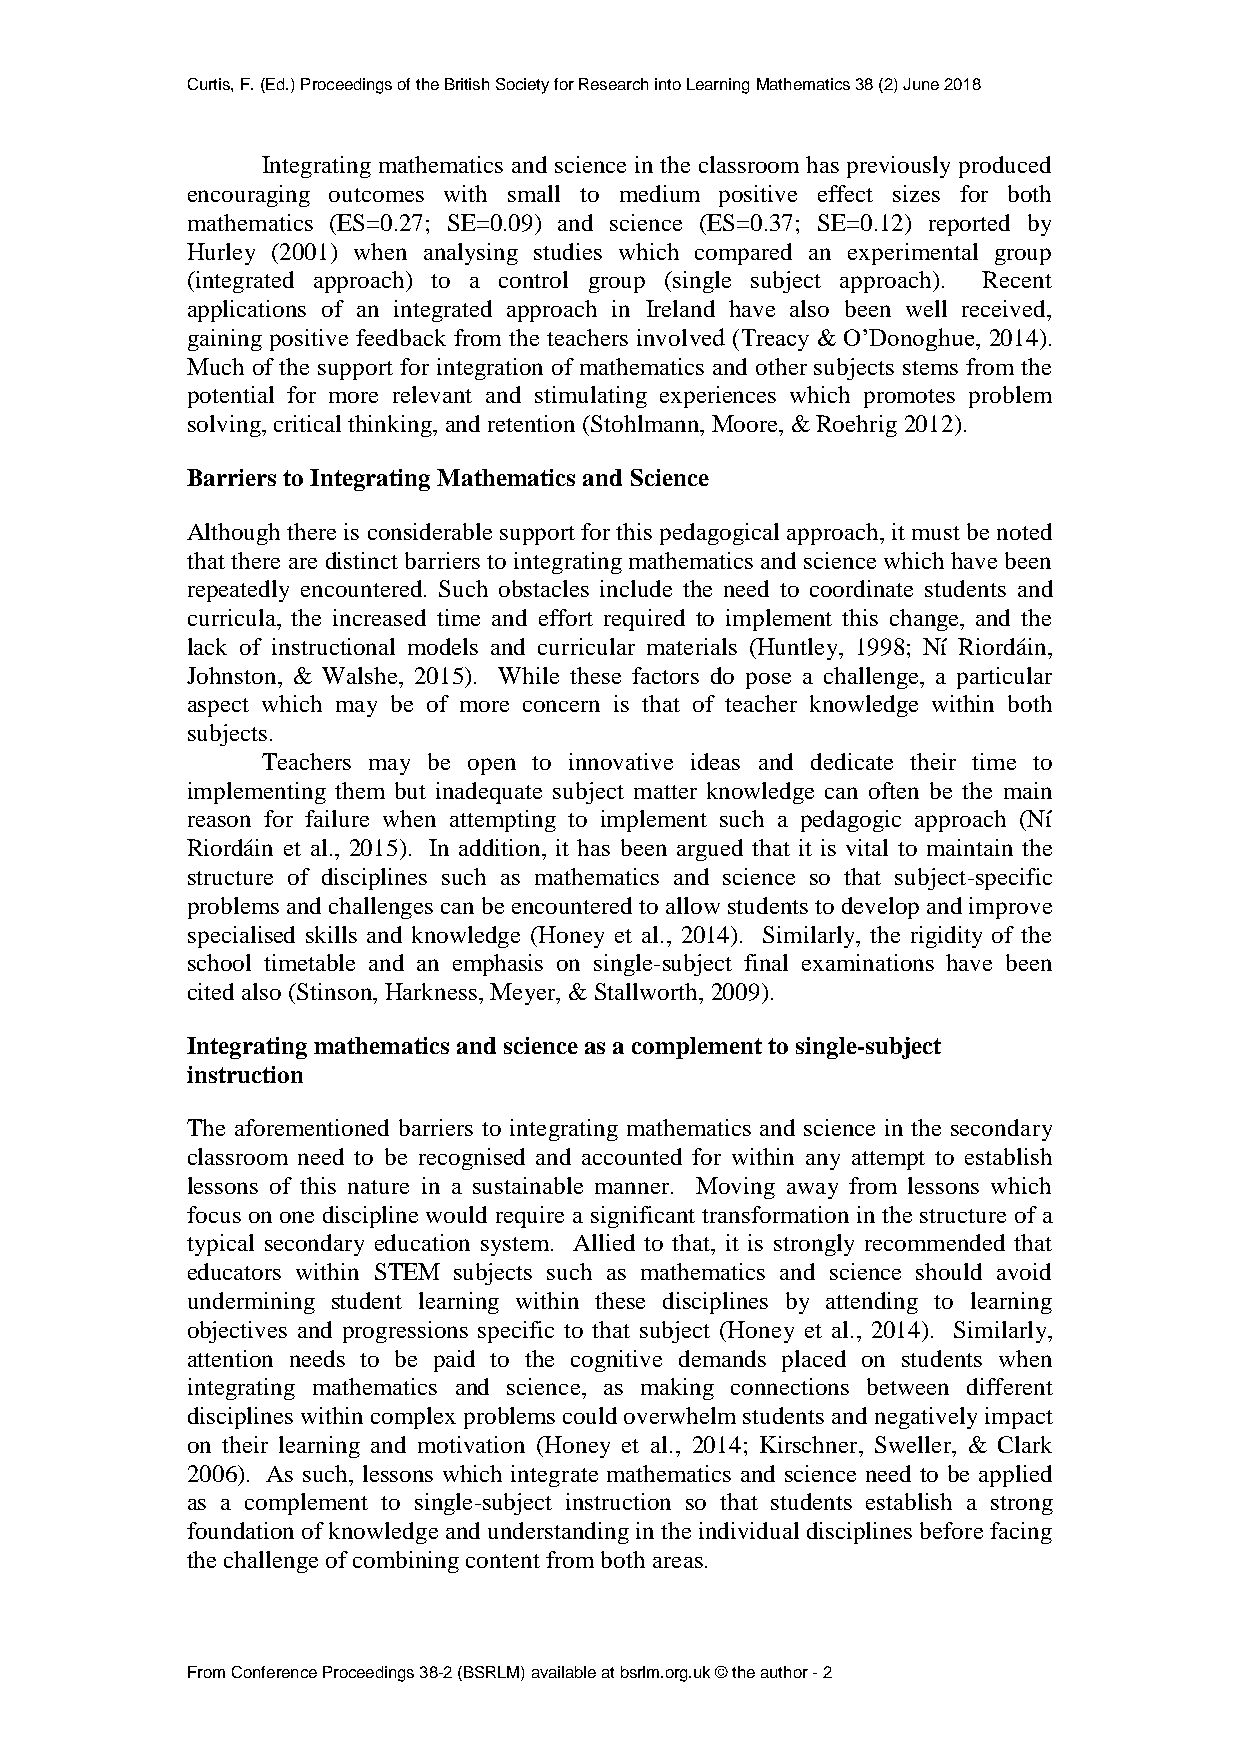
Curtis, F. (Ed.) Proceedings of the British Society for Research into Learning Mathematics 38 (2) June 2018
 Integrating mathematics and science in the classroom has previously produced
 encouraging outcomes with small to medium positive effect sizes for both
 mathematics (ES=0.27; SE=0.09) and science (ES=0.37; SE=0.12) reported by
 Hurley (2001) when analysing studies which compared an experimental group
 (integrated approach) to a control group (single subject approach). Recent
 applications of an integrated approach in Ireland have also been well received,
 gaining positive feedback from the teachers involved (Treacy & O’Donoghue, 2014).
 Much of the support for integration of mathematics and other subjects stems from the
 potential for more relevant and stimulating experiences which promotes problem
 solving, critical thinking, and retention (Stohlmann, Moore, & Roehrig 2012).
 Barriers to Integrating Mathematics and Science
 Although there is considerable support for this pedagogical approach, it must be noted
 that there are distinct barriers to integrating mathematics and science which have been
 repeatedly encountered. Such obstacles include the need to coordinate students and
 curricula, the increased time and effort required to implement this change, and the
 lack of instructional models and curricular materials (Huntley, 1998; Ní Riordáin,
 Johnston, & Walshe, 2015). While these factors do pose a challenge, a particular
 aspect which may be of more concern is that of teacher knowledge within both
 subjects.
 Teachers may be open to innovative ideas and dedicate their time to
 implementing them but inadequate subject matter knowledge can often be the main
 reason for failure when attempting to implement such a pedagogic approach (Ní
 Riordáin et al., 2015). In addition, it has been argued that it is vital to maintain the
 structure of disciplines such as mathematics and science so that subject-specific
 problems and challenges can be encountered to allow students to develop and improve
 specialised skills and knowledge (Honey et al., 2014). Similarly, the rigidity of the
 school timetable and an emphasis on single-subject final examinations have been
 cited also (Stinson, Harkness, Meyer, & Stallworth, 2009).
 Integrating mathematics and science as a complement to single-subject
 instruction
 The aforementioned barriers to integrating mathematics and science in the secondary
 classroom need to be recognised and accounted for within any attempt to establish
 lessons of this nature in a sustainable manner. Moving away from lessons which
 focus on one discipline would require a significant transformation in the structure of a
 typical secondary education system. Allied to that, it is strongly recommended that
 educators within STEM subjects such as mathematics and science should avoid
 undermining student learning within these disciplines by attending to learning
 objectives and progressions specific to that subject (Honey et al., 2014). Similarly,
 attention needs to be paid to the cognitive demands placed on students when
 integrating mathematics and science, as making connections between different
 disciplines within complex problems could overwhelm students and negatively impact
 on their learning and motivation (Honey et al., 2014; Kirschner, Sweller, & Clark
 2006). As such, lessons which integrate mathematics and science need to be applied
 as a complement to single-subject instruction so that students establish a strong
 foundation of knowledge and understanding in the individual disciplines before facing
 the challenge of combining content from both areas.
 From Conference Proceedings 38-2 (BSRLM) available at bsrlm.org.uk © the author - 2